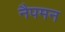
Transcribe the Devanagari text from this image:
नैपमन